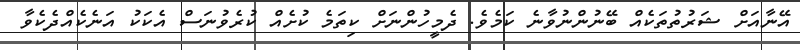
އޭނާއަށް ޝަރުތުތަކެއް ބޭނުންނުވާނެ ކަމެވެ. ދެމީހުންނަށް ކިތަމެ ކުށެއް ކުރެވުނަސް އެކަކު އަނެކެއްދެކެވާ